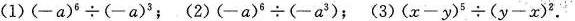
(1)$$(-a)^{6}\div(-a)^{3}$$；(2)$$(-a)^{6}\div(-a^{3})$$；(3)$$(x-y)^{5}\div(y-x)^{2}$$.